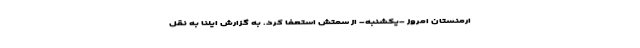
ارمنستان امروز -یکشنبه- از سمتش استعفا کرد. به گزارش ایلنا به نقل